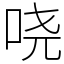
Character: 哓